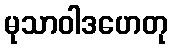
မုသာဝါဒဟေတု